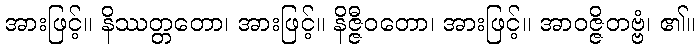
အားဖြင့်။ နိဿတ္တတော၊ အားဖြင့်။ နိဇ္ဇီဝတော၊ အားဖြင့်။ အာဝဇ္ဇိတဗ္ဗံ၊ ၏။